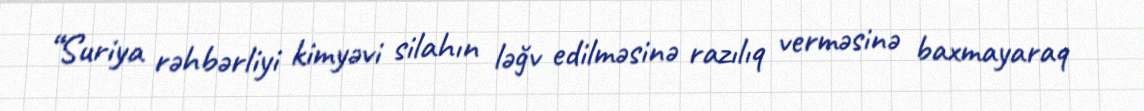
“Suriya rəhbərliyi kimyəvi silahın ləğv edilməsinə razılıq verməsinə baxmayaraq